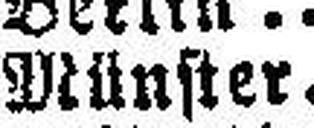
Münster